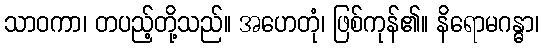
သာဝကာ၊ တပည့်တို့သည်။ အဟေတုံ၊ ဖြစ်ကုန်၏။ နိရောမဂန္ဓာ၊